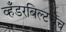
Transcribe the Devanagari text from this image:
व्हँडरबिल्टचेच